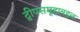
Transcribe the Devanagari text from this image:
द्वीपसमूहाबद्दल